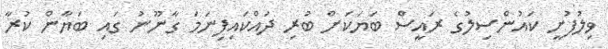
ވިލުފުށީ ކައުންސިލުގެ ރައީސް ބަޔަކަށް ބުރި ދައްކައިފިނަމަ ގާނޫނު ގައި ބަޔާން ކުރާ